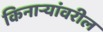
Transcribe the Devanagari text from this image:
किनार्‍यांवरील